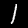
Label: 1